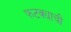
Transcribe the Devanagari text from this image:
फटक्याची